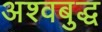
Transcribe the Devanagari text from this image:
अश्वबुद्ध